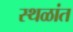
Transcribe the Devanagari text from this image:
स्थळांत